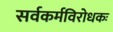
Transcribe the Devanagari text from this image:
सर्वकर्मविरोधकः